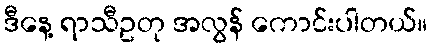
ဒီနေ့ ရာသီဥတု အလွန် ကောင်းပါတယ်။